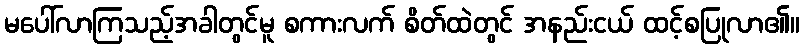
မပေါ်လာကြသည့်အခါတွင်မူ စကားလက် စိတ်ထဲတွင် အနည်းငယ် ထင့်စပြုလာ၏။